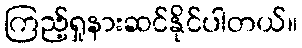
ကြည့်ရှုနားဆင်နိုင်ပါတယ်။